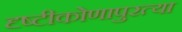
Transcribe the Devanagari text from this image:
दृष्टीकोणापुरत्या